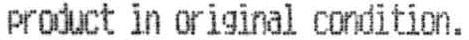
PRODUCT IN ORIGINAL CONDITION.